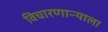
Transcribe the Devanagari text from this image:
विचारणाऱ्याला